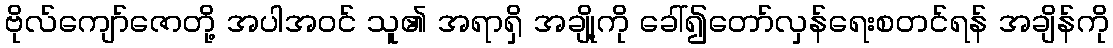
ဗိုလ်ကျော်ဇောတို့ အပါအဝင် သူ၏ အရာရှိ အချို့ကို ခေါ်၍တော်လှန်ရေးစတင်ရန် အချိန်ကို